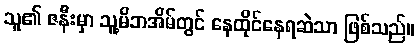
သူ၏ ဇနီးမှာ သူ့မိဘအိမ်တွင် နေထိုင်နေရဆဲသာ ဖြစ်သည်။